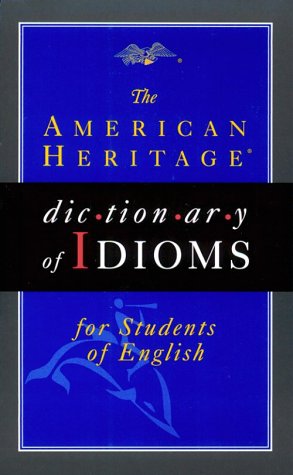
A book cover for AMERICAN HERITAGE ESL IDIOMS DICTIONARY (PB); American Heritage; Reference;